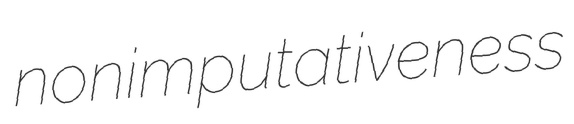
nonimputativeness